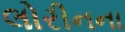
લોરીનના